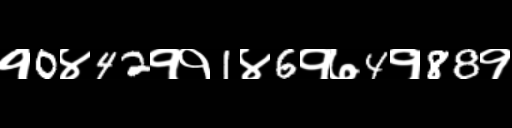
Text: १0४42११1४6१७4१88१